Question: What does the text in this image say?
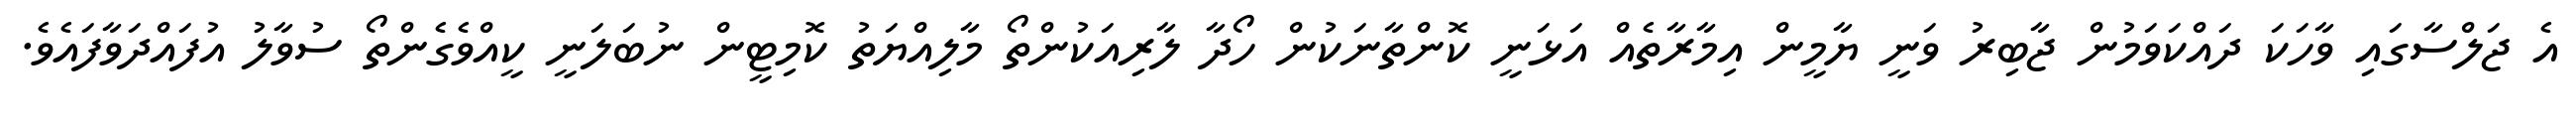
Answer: އެ ޖަލްސާގައި ވާހަކަ ދައްކަވަމުން ޖާބިރު ވަނީ ޔާމީން އިމާރާތެއް އަޅަނީ ކޮންތާނަކުން ހޯދާ ލާރިއަކުންތޯ މާލިއްޔަތު ކޮމިޓީން ނުބަލަނީ ކީއްވެގެންތޯ ސުވާލު އުފައްދަވާފައެވެ.